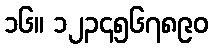
၁၆။ ၁၂၃၄၅၆၇၈၉၀